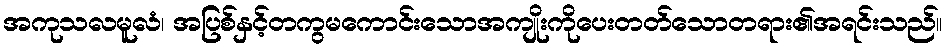
အကုသလမူလံ၊ အပြစ်နှင့်တကွမကောင်းသောအကျိုးကိုပေးတတ်သောတရား၏အရင်းသည်။